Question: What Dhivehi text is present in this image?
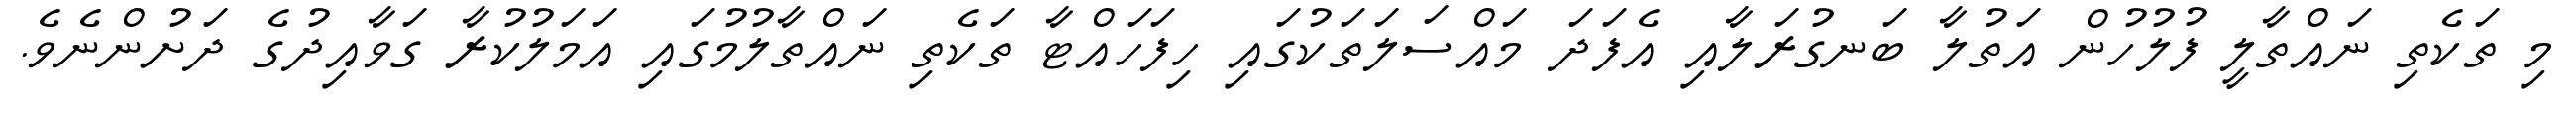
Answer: މި ތަކެތި ނައްތާލީ ފުލުހުން އަތުލާ ބަނގުރަލާއި އެފަދަ މައްސަލަތަކުގައި ހިފަހައްޓާ ތަކެތި ނައްތާލުމުގައި އަމަލުކުރާ ގަވާއިދުގެ ދަށުންނެވެ.